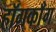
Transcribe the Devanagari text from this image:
हॉगकाँग